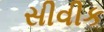
સીવીક